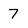
Character: 7